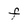
Character: f